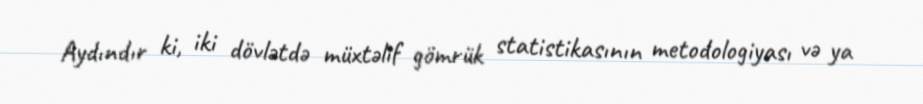
Aydındır ki, iki dövlətdə müxtəlif gömrük statistikasının metodologiyası və ya